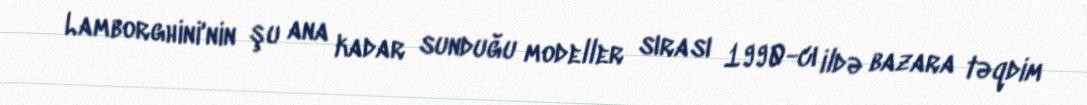
Lamborghini'nin şu ana kadar sunduğu modeller sırası 1990-cı ildə bazara təqdim